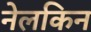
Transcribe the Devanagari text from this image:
नेलकिन